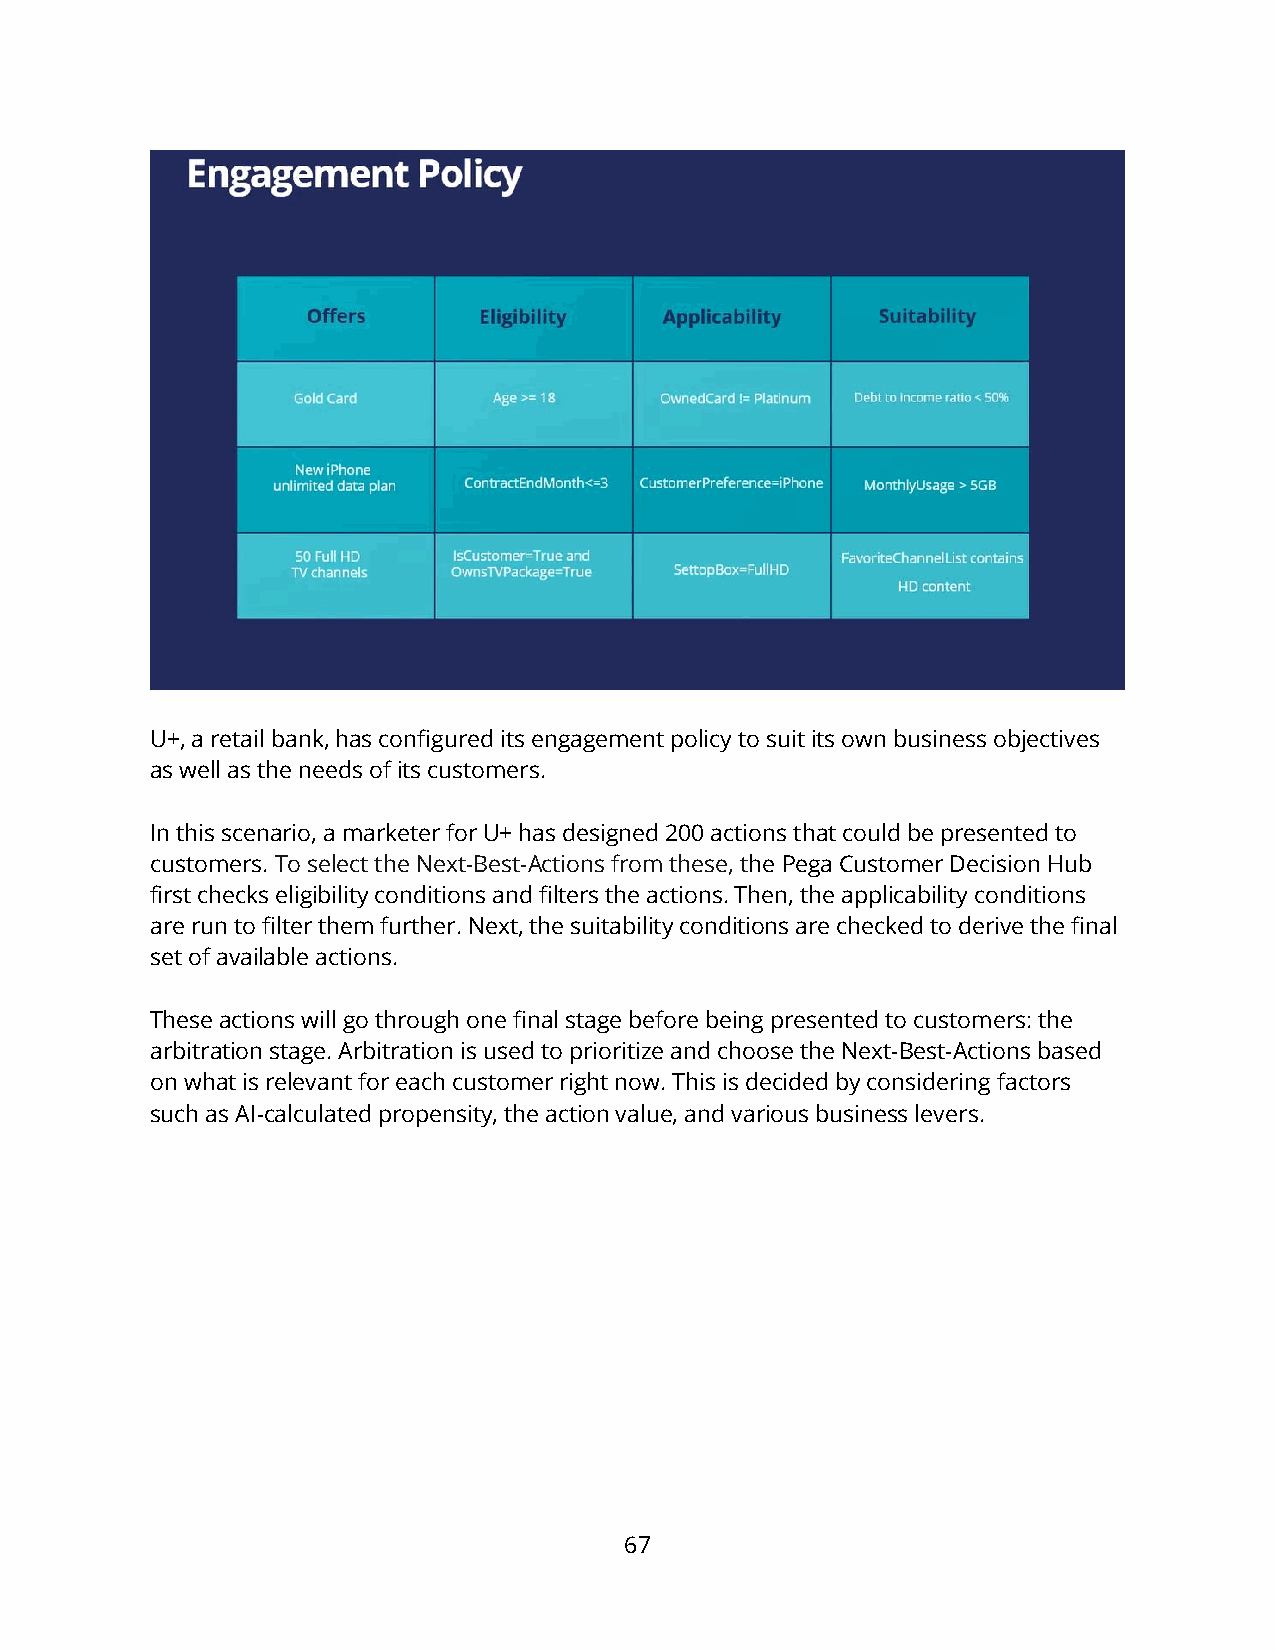
U+, a retail bank, has configured its engagement policy to suit its own business objectives
 as well as the needs of its customers.
 In this scenario, a marketer for U+ has designed 200 actions that could be presented to
 customers. To select the Next-Best-Actions from these, the Pega Customer Decision Hub
 first checks eligibility conditions and filters the actions. Then, the applicability conditions
 are run to filter them further. Next, the suitability conditions are checked to derive the final
 set of available actions.
 These actions will go through one final stage before being presented to customers: the
 arbitration stage. Arbitration is used to prioritize and choose the Next-Best-Actions based
 on what is relevant for each customer right now. This is decided by considering factors
 such as AI-calculated propensity, the action value, and various business levers.
 67